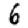
Digit: 6